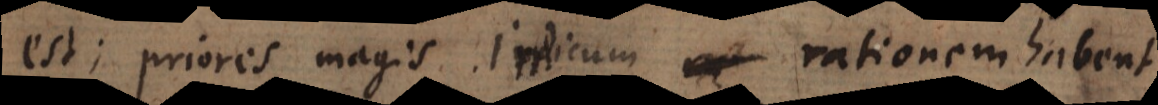
est; priores magis indicum rationem habent